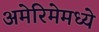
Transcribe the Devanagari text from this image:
अमेरिमेमध्ये